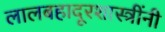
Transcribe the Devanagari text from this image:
लालबहादूरशास्त्रींनी